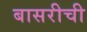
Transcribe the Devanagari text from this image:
बासरीची